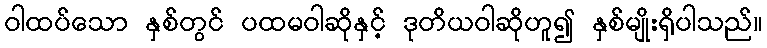
ဝါထပ်သော နှစ်တွင် ပထမဝါဆိုနှင့် ဒုတိယဝါဆိုဟူ၍ နှစ်မျိုးရှိပါသည်။